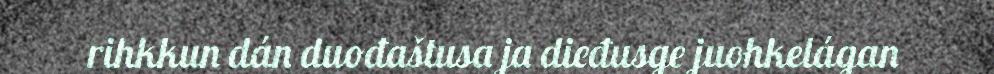
rihkkun dán duođaštusa ja dieđusge juohkelágan